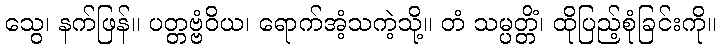
သွေ၊ နက်ဖြန်။ ပတ္တဗ္ဗံဝိယ၊ ရောက်အံ့သကဲ့သို့။ တံ သမ္ပတ္တိံ၊ ထိုပြည့်စုံခြင်းကို။